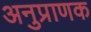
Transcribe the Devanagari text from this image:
अनुप्राणक